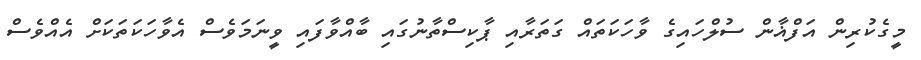
މީގެކުރިން އަފްޣާން ސުލްހައިގެ ވާހަކަތައް ގަތަރާއި ޕާކިސްތާނުގައި ބާއްވާފައި ވީނަމަވެސް އެވާހަކަތަކަށް އެއްވެސް